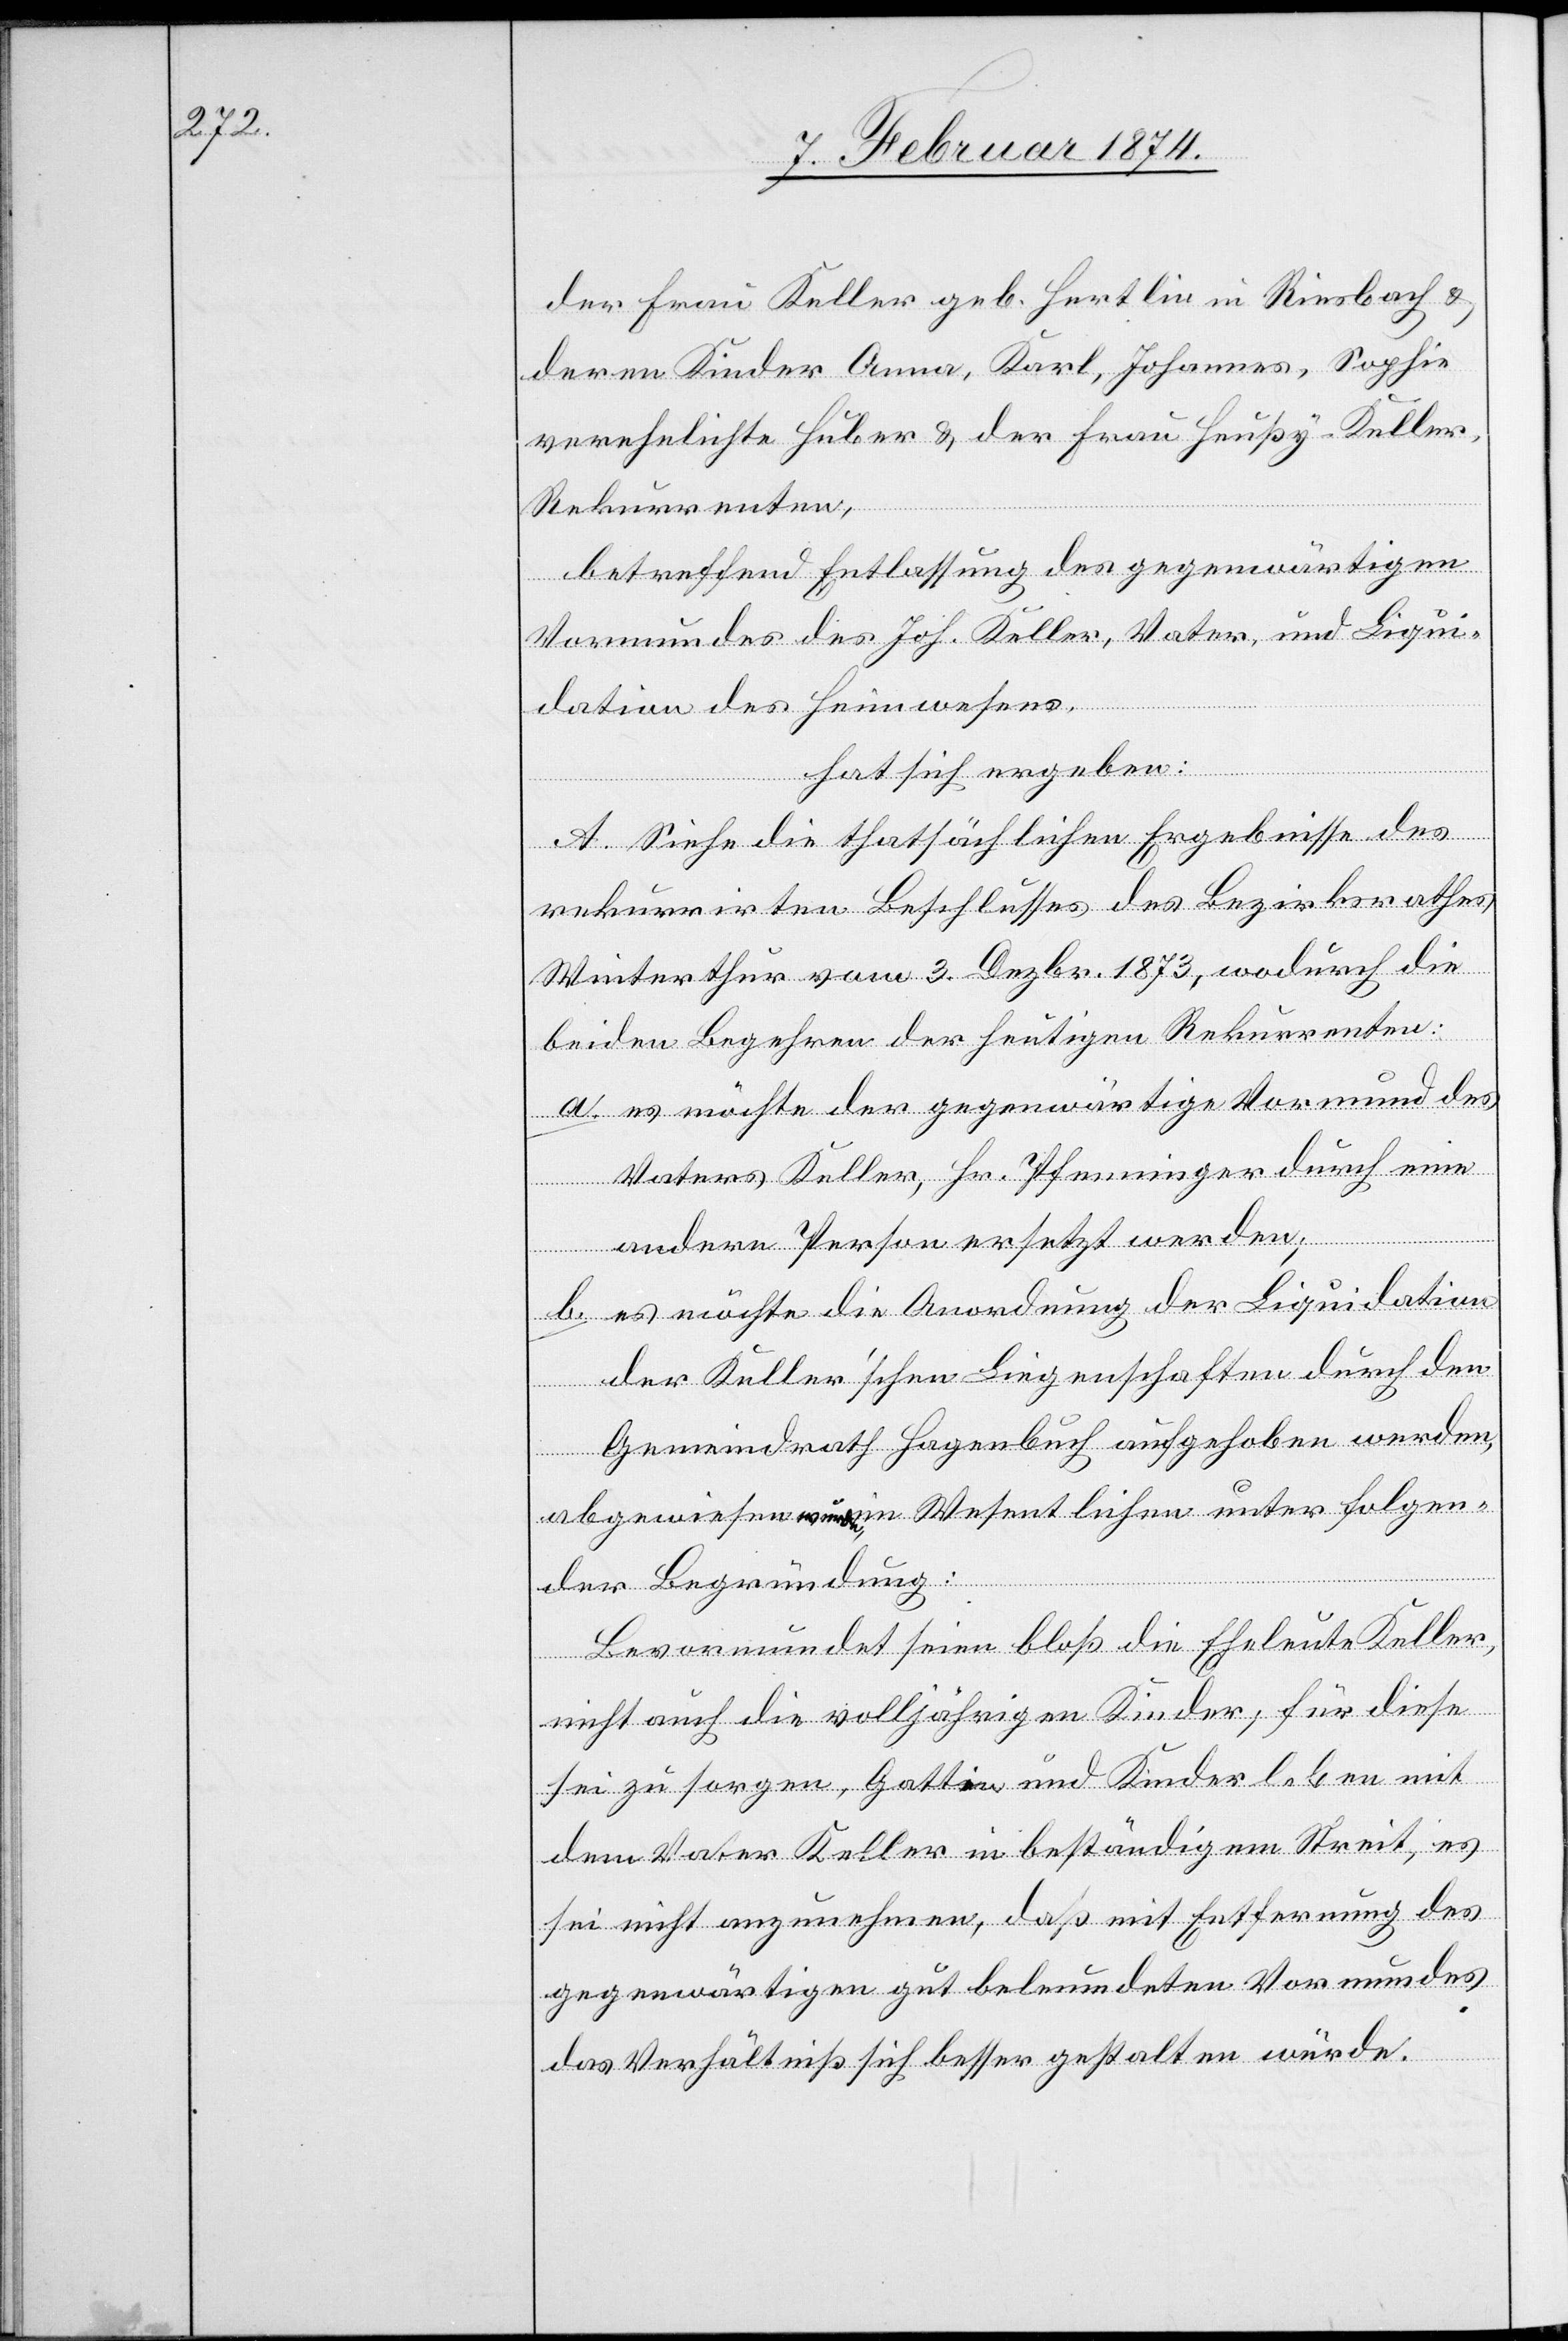
der Frau Keller geb. Hertlin in Riesbach u.
deren Kinder Anna, Karl, Johannes, Sophie
verehelichte Huber u. der Frau Heußy-Keller,
Rekurrenten,
betreffend Entlassung des gegenwärtigen
Vormundes des Joh. Keller, Vater, und Liqui¬
dation des Heimwesens,
hat sich ergeben:
A. Siehe die thatsächlichen Ergebnisse des
rekurrirten Beschlusses des Bezirksrathes
Winterthur vom 3. Dezbr. 1873, wodurch die
beiden Begehren der heutigen Rekurrenten:
a. es möchte der gegenwärtige Vormund des
Vaters Keller, Hr. Pfenninger durch eine
andere Person ersetzt werden;
b. es möchte die Anordnung der Liquidation
der Keller’schen Liegenschaften durch den
Gemeindrath Hagenbuch aufgehoben werden,
abgewiesen wurde[n], im Wesentlichen unter folgen¬
der Begründung:
Bevormundet seien bloß die Eheleute Keller,
nicht auch die volljährigen Kinder, für diese
sei zu sorgen, Gattin und Kinder leben mit
dem Vater Keller in beständigem Streit, es
sei nicht anzunehmen, daß mit Entfernung des
gegenwärtigen gut beleumdeten Vormundes
das Verhältniß sich besser gestalten würde.